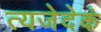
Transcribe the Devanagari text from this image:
त्यजेदेकं